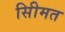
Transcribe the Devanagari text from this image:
सीिमत